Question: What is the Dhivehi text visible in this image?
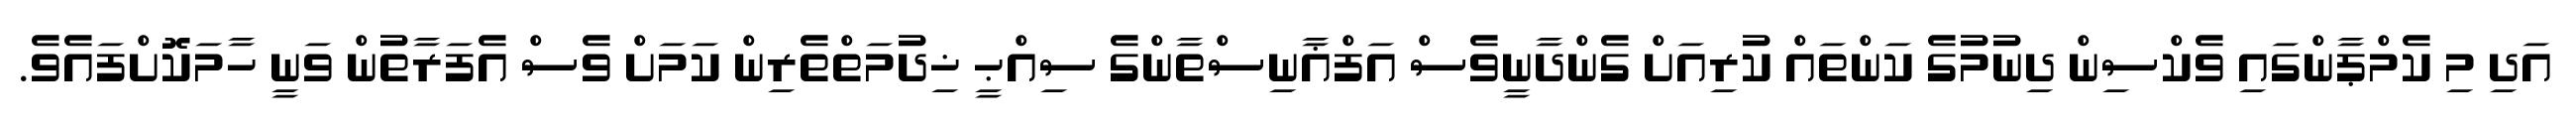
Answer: އަދި މި ކެމްޕާންގައި ވެކްސިން ދިނުމުގެ ކަންތައް ކުރިއަށް ގެންދާނީވެސް އަފްޣާނިސްތާންގެ ސިއްޙީ ޚިދުމަތްތެރިން ކަމަށް ވެސް އެފަރާތުން ވަނީ ހާމަކޮށްފައެވެ.